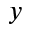
y